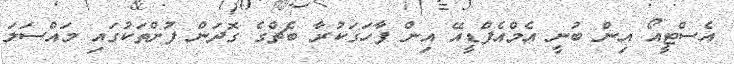
އެސްޓީއޯ އިން ބުނީ އެމްއެފްޑީއޭ އިން ފާހަގަކުރާ ބެޗްގެ ގޮދަން ފުށްތަކުގައި މައްސަލަ